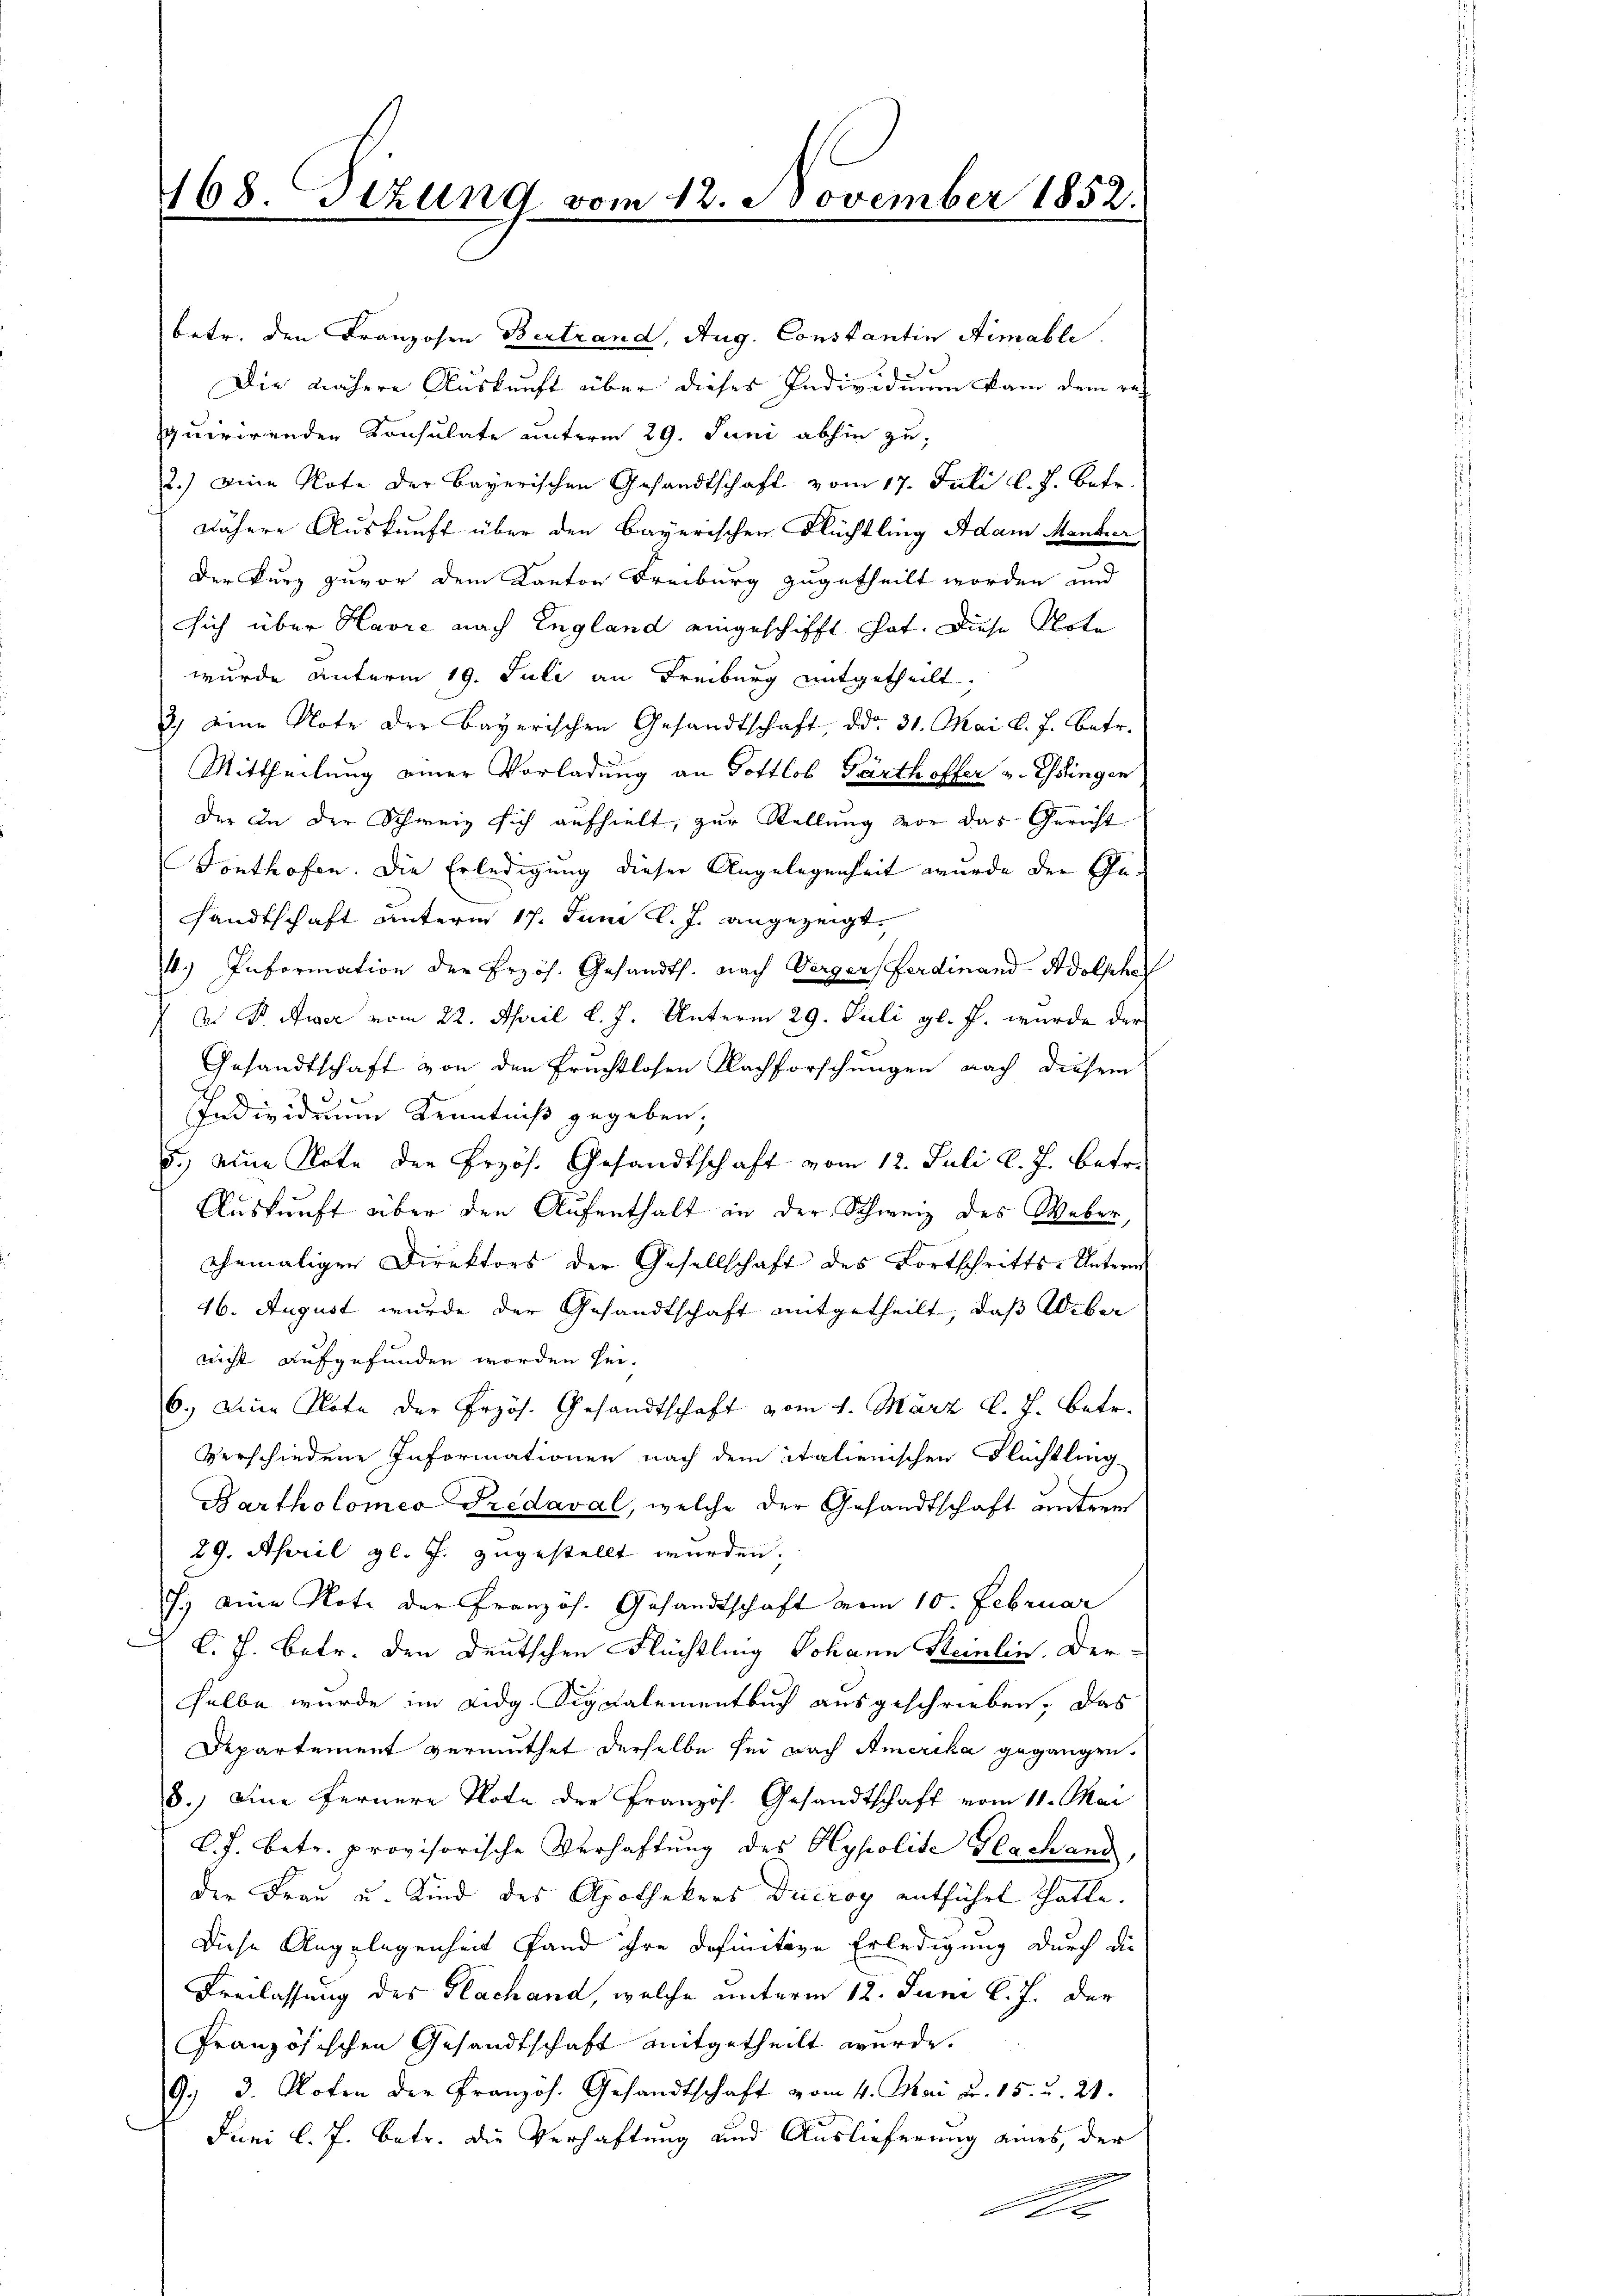
168. Sizund vom 12. November 1852

betr. den Franzosen Bertrand, Aug. Constantin Aimable.
Die nähere Auskunft über dieses Individuum kam dem rec
quirirenden Konsulate unterm 29. Juni abhin zu
2.) eine Note der Bayerischen Gesandtschaft vom 17. Juli l. J. betr.
nähere Auskunft über den Bayerischen Flüchtling Adam Manter
Der Kurz zuvor dem Kanton Freiburg zugetheilt worden und
sich über Havre nach England eingeschifft hat. Diese Note
wurde unterm 19. Juli an Freiburg mitgetheilt.
3.) eine Note der Bayerischen Gesandtschaft, ddo. 31. Mai l. J. betr.
Mittheilung einer Vorladung an Pottlob Pärthoffer v. Esslingen
der an der Schweiz sich aufhielt, zur Stellung vor das Gericht
Fonthofen. Die Erledigung dieser Angelegenheit wurde der Gesandtschaft unterm 17. Juni l. J. angezeigt.
4.) Information der Erzös. Gesandth. nach Verger Ferdinand Adolphe
At Dr. Ausse vom 22. April l. J. Unterm 29. Juli gl. J. wurde der
Gesandtschaft von den Fruchtlosen Nachforschungen nach diesem
Individuum Kenntniß gegeben,
d.) eine Note der Frzös. Gesandtschaft vom 12. Juli l. J. betr.
Auskunft über den Aufenthalt in der Schweiz des Weber,
ehemaliger Direktors der Gesellschaft des Fortschritts-Untern
16. August wurde der Gesandtschaft mitgetheilt, daß Weber
nicht aufgefunden worden sei.
6.) eine Note der Frzös. Gesandtschaft vom 4. März l. J. Betr.
verschiedene Informationen nach dem italienischen Flüchtling
Bartholomeo redaval, welche der Gesandtschaft unterm
29. April gl. J. zugestellt wurden.
J.) eine Note der Französ. Gesandtschaft vom 10. Februar
C. J. Betr. den Deutschen Flüchtling Johann Steinlin. Der-
salbe wurde im Eidg. Signalementbuch ausgeschrieben. Das
Departement vermuthet derselbe sei nach Amerika gegangen,
8.) Eine fernere Note der Französ. Gesandtschaft vom 11. Mai
C. J. betr. provisorische Verhaftung des Hypolite Glachand,
der Frau u. Kind des Apothekers Ducroy entführt hatte.
Diese Angelegenheit fand ihre definitive Erledigung durch die
Freilassung des Hlachand, welche unterm 12. Juni l. J. der
Französischen Gesandtschaft mitgetheilt wurde.
9. 3. Noten der Französ. Gesandtschaft vom 4. Mai d. 15. u. 21.
Juni l. J. betr. die Verhaftung und Auslieferung eines, der

.
f x